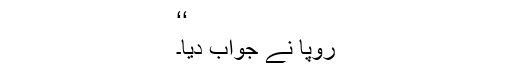
‘‘
رُوپا نے جواب دیا۔